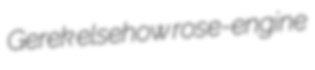
Gerek elsehow rose-engine